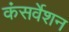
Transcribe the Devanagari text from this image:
कंसर्वेशन